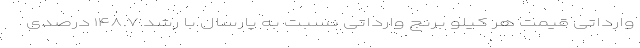
وارداتی قیمت هر کیلو برنج وارداتی نسبت به پارسال با رشد ۱۴۸.۷ درصدی